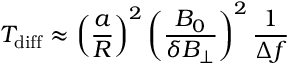
T _ { \mathrm { d i f f } } \approx \left( \frac { a } { R } \right) ^ { 2 } \left( \frac { B _ { 0 } } { \delta B _ { \perp } } \right) ^ { 2 } \frac { 1 } { \Delta f }